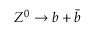
Z ^ { 0 } \to b + { \bar { b } }